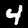
Digit: 4